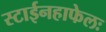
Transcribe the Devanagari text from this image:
स्टाईनहाफेलः